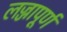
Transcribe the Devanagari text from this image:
लज्जापूर्ण